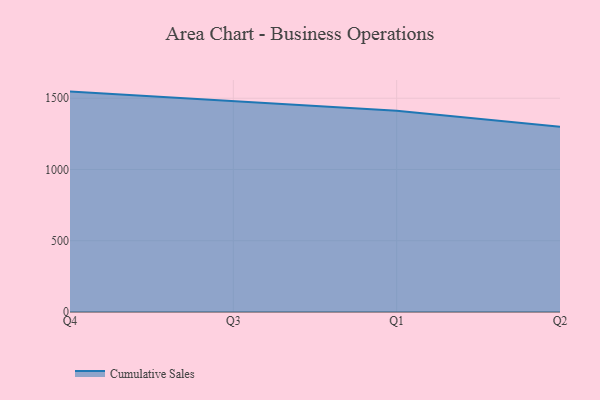
{"axis": {"x": "Quarter", "y": "Net Income (USD K)"}, "legend": ["Cumulative Sales"], "data": [{"x": "Q4", "y": 1546.5, "type": "Cumulative Sales"}, {"x": "Q3", "y": 1478.0, "type": "Cumulative Sales"}, {"x": "Q1", "y": 1412.9, "type": "Cumulative Sales"}, {"x": "Q2", "y": 1300.0, "type": "Cumulative Sales"}]}